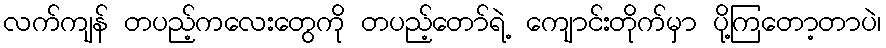
လက်ကျန် တပည့်ကလေးတွေကို တပည့်တော်ရဲ့ ကျောင်းတိုက်မှာ ပို့ကြတော့တာပဲ၊